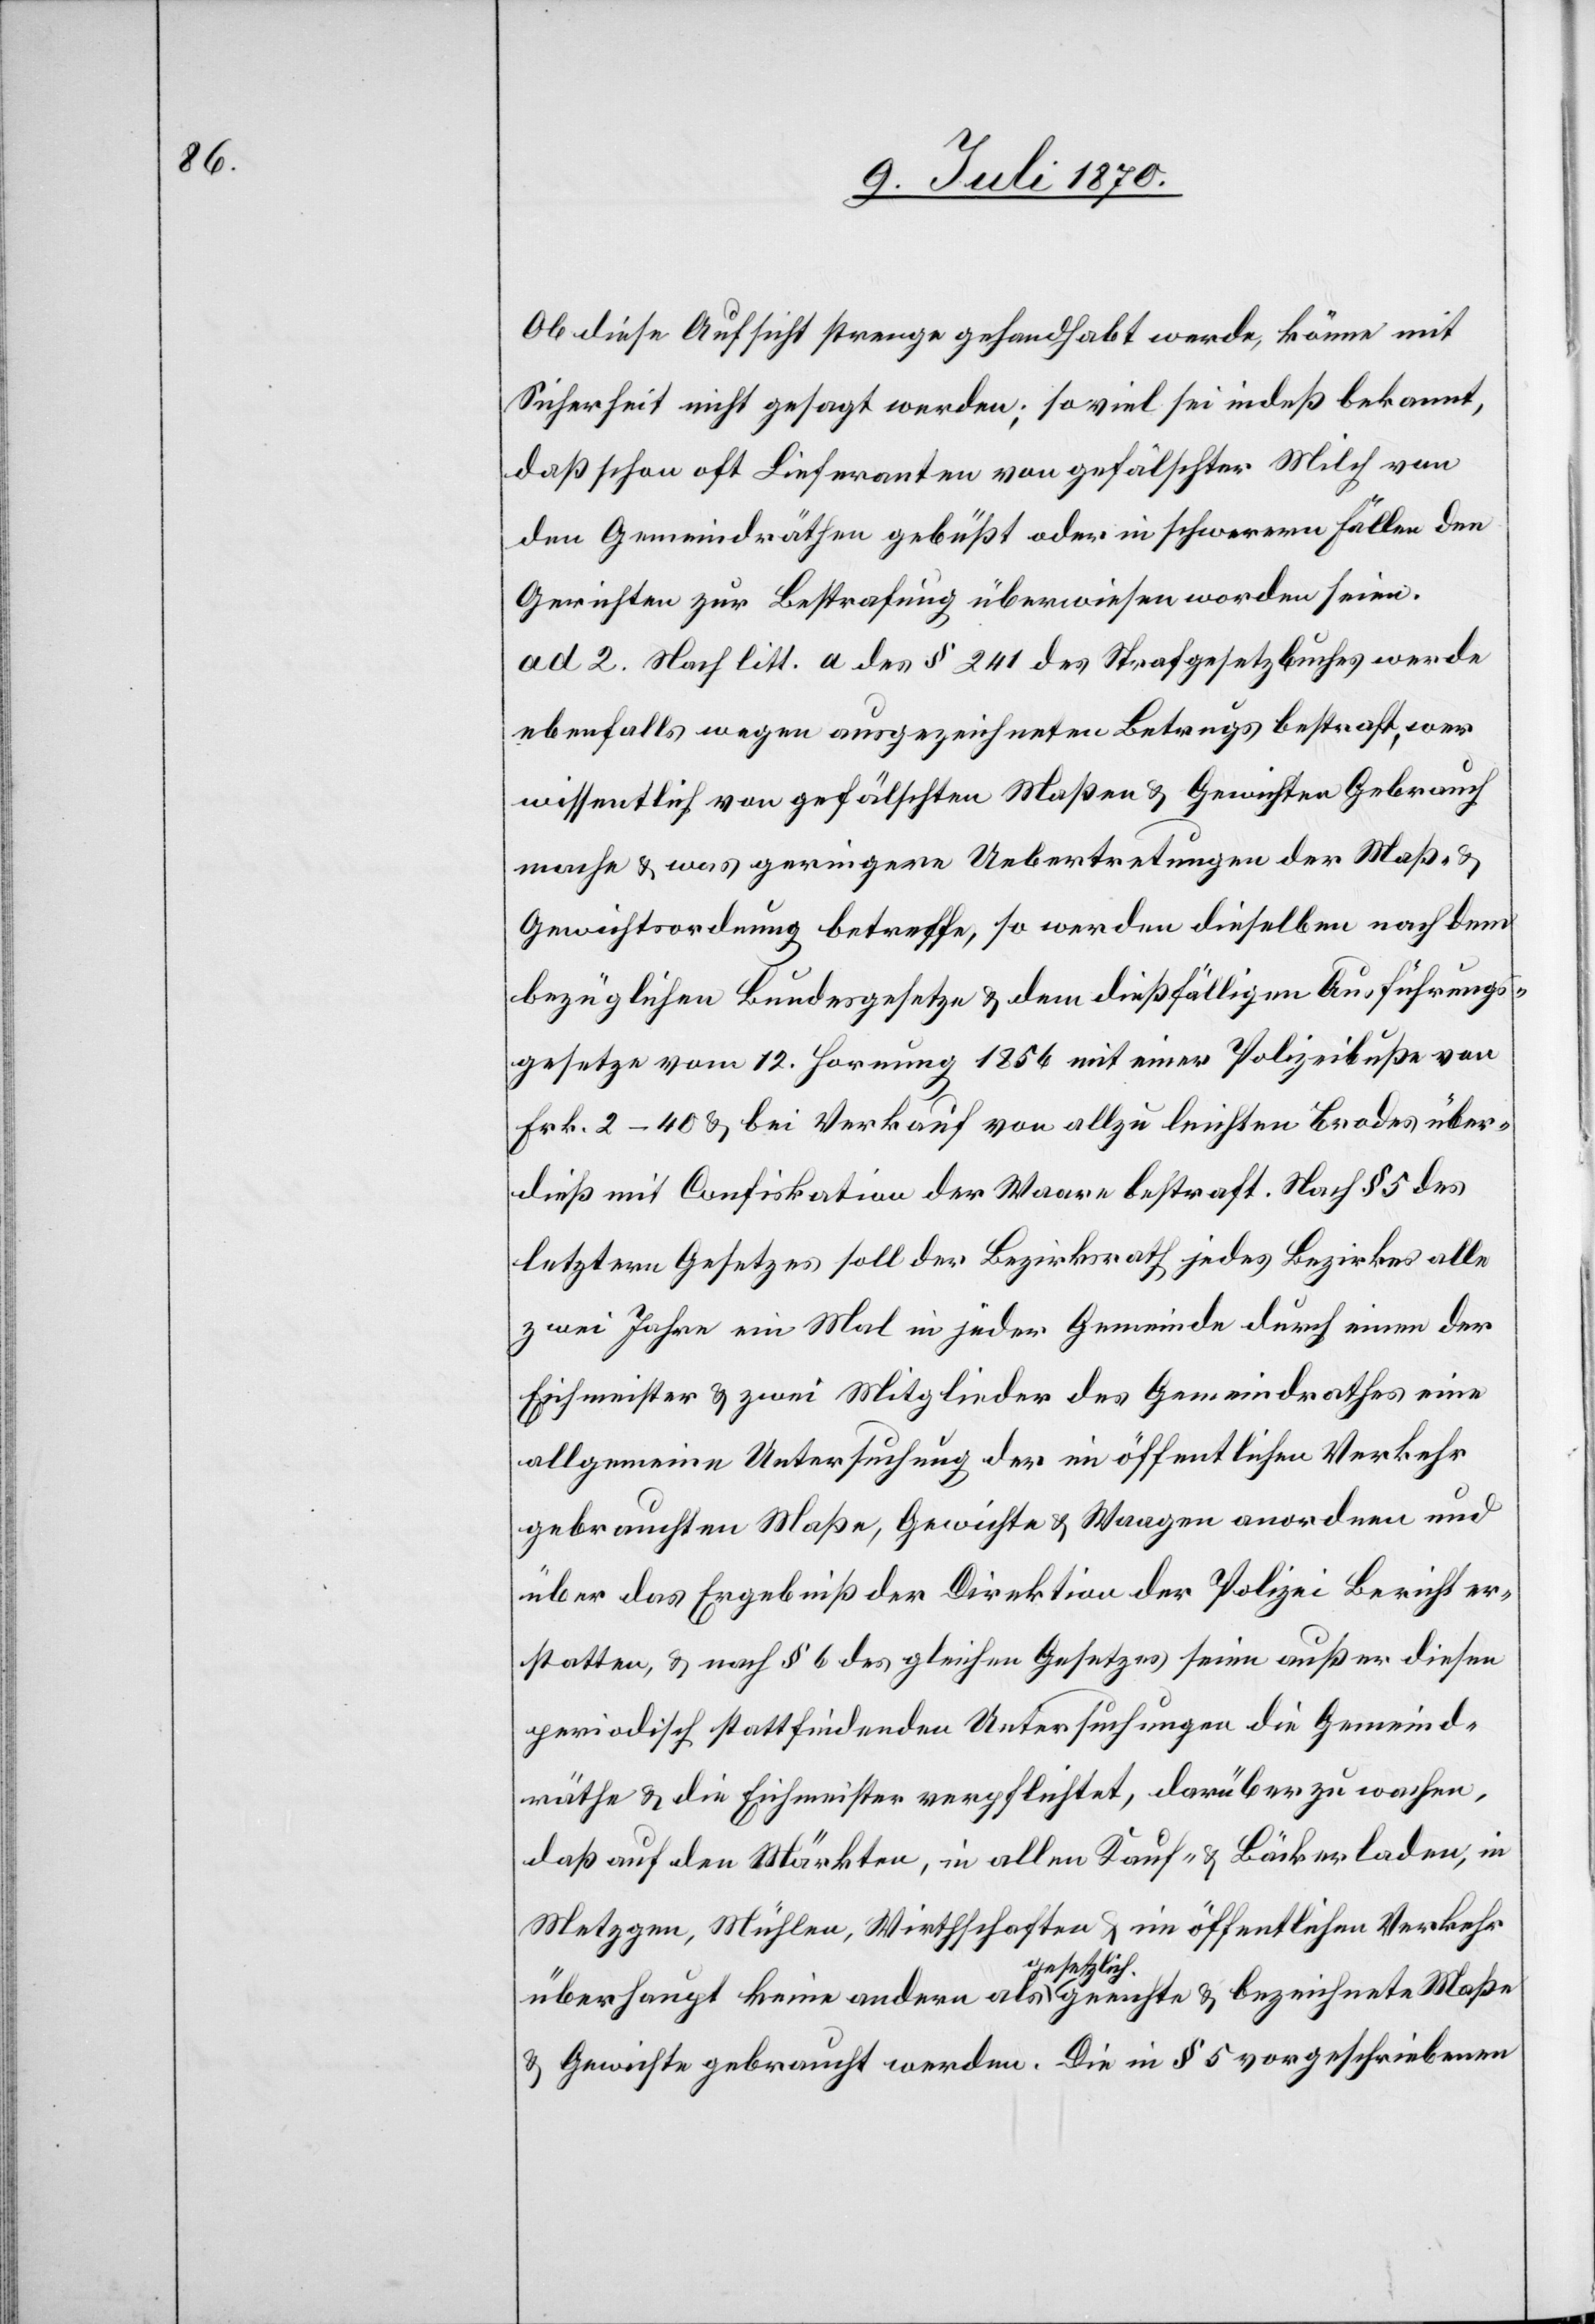
Ob diese Aufsicht strenge gehandhabt werde, könne mit
Sicherheit nicht gesagt werden; soviel sei indeß bekannt,
daß schon oft Lieferanten von gefälschter Milch von
den Gemeindräthen gebüßt oder in schwerern Fällen den
Gerichten zur Bestrafung überwiesen worden seien.
ad 2. Nach litt. a des § 241 des Strafgesetzbuches werde
ebenfalls wegen ausgezeichneten Betrugs bestraft, wer
wissentlich von gefälschten Maßen & Gewichten Gebrauch
mache & was geringere Uebertretungen der Maß-
Gewichtsordnung betreffe, so werden dieselben nach dem
bezüglichen Bundesgesetze & dem dießfälligen Ausführungs¬
gesetze vom 12. Hornung 1856 mit einer Polizeibuße von
Fr. 2 40 & bei Verkauf von allzu leichten Brodes über¬
dieß mit Confiskation der Waare bestraft. Nach § 5 des
letztern Gesetzes soll der Bezirksrath jedes Bezirkes alle
zwei Jahre ein Mal in jeder Gemeinde durch einen der
Eichmeister & zwei Mitglieder des Gemeindrathes eine
allgemeine Untersuchung der in öffentlichen Verkehr
gebrachten Maße, Gewichte & Waagen anordnen und
über das Ergebniß der Direktion der Polizei Bericht er¬
statten, & nach § 6 des gleichen Gesetzes seien außer diesen
periodisch stattfindenden Untersuchungen die Gemeind¬
räthe & die Eichmeister verpflichtet, darüber zu wachen,
daß auf den Märkten, in allen Kauf- & Bäckerladen, in
Metzgen, Mühlen, Wirthschaften & im öffentlichen Verkehr
überhaupt keine andern als a-gesetzlich-a geeichte & bezeichnete Maße
& Gewichte gebraucht werden. Die in § 5 vorgeschriebenen